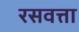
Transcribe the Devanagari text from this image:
रसवत्ता